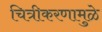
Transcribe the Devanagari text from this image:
चित्रीकरणामुळे